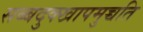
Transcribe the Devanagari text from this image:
सब्बदुक्खापमुच्चति